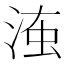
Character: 𣶨